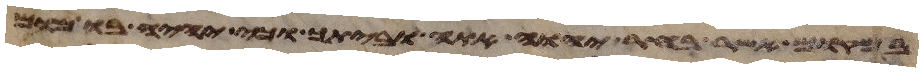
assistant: במקום אשר בחר יהוה אתה וביתך וכי יהיה בו מום